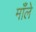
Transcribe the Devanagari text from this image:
माँले